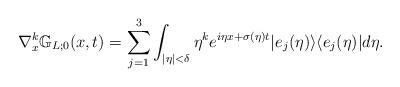
LaTeX: \begin{align*}\nabla_{x}^k\mathbb{G}_{L;0}(x,t)=\sum_{j=1}^{3} \int_{|\eta|<\delta} \eta^k e^{i\eta x+\sigma(\eta)t} \vert e_j(\eta)\rangle\langle e_j(\eta)\vert d\eta.\end{align*}